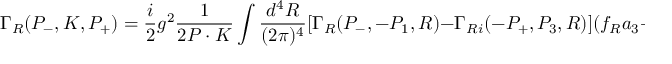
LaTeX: \Gamma _ { R } ( P _ { - } , K , P _ { + } ) = \frac { i } { 2 } g ^ { 2 } \frac { 1 } { 2 P \cdot K } \int \frac { d ^ { 4 } R } { ( 2 \pi ) ^ { 4 } } [ \Gamma _ { R } ( P _ { - } , - P _ { 1 } , R ) - \Gamma _ { R i } ( - P _ { + } , P _ { 3 } , R ) ] ( f _ { R } a _ { 3 } + f _ { 3 } a _ { R } )